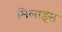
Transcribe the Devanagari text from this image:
मिलाइस